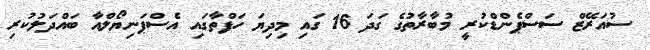
ސުއަރޭޒް ސަސްޕެންޑްކުރީ މުބާރާތުގެ ގަދަ 16 ގައި މިދިޔަ ހަފްތާގައި އެސްޕަނިޔޯލްއާ ބައްދަލުކުރި